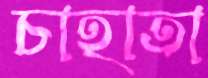
চাহাতা